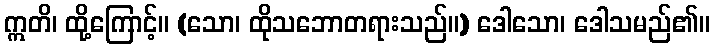
ဣတိ၊ ထို့ကြောင့်။ (သော၊ ထိုသဘောတရားသည်။) ဒေါသော၊ ဒေါသမည်၏။